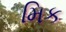
મિક